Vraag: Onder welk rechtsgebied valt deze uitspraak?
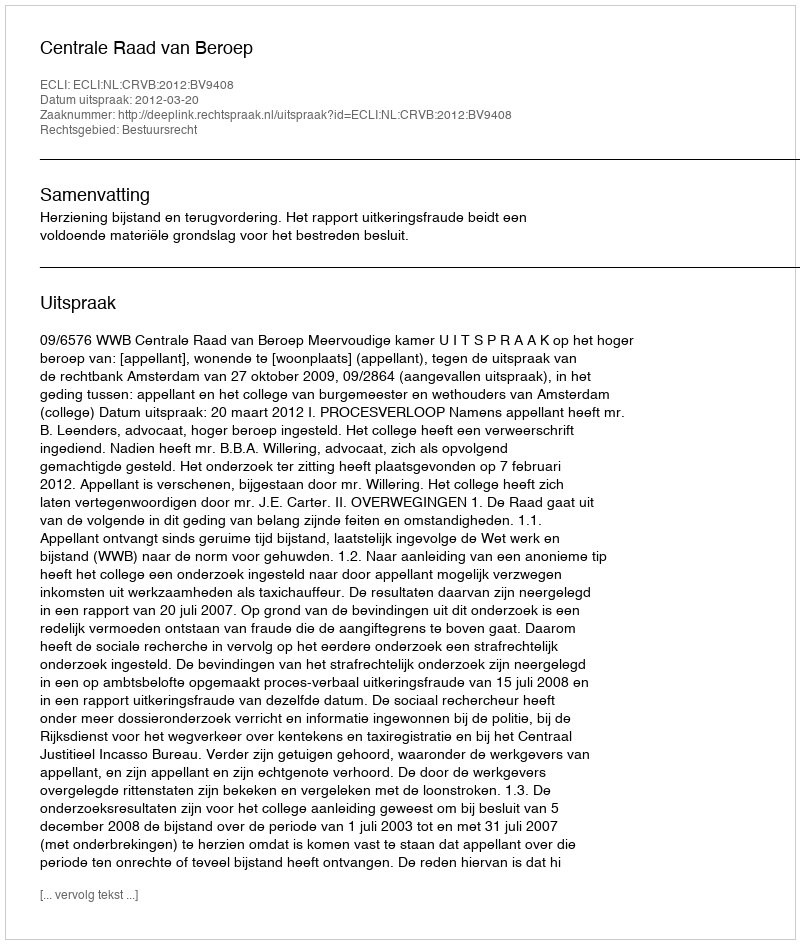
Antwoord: Bestuursrecht